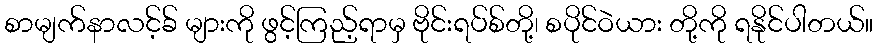
စာမျက်နာလင့်ခ် များကို ဖွင့်ကြည့်ရာမှ ဗိုင်းရပ်စ်တို့၊ စပိုင်ဝဲယား တို့ကို ရနိုင်ပါတယ်။